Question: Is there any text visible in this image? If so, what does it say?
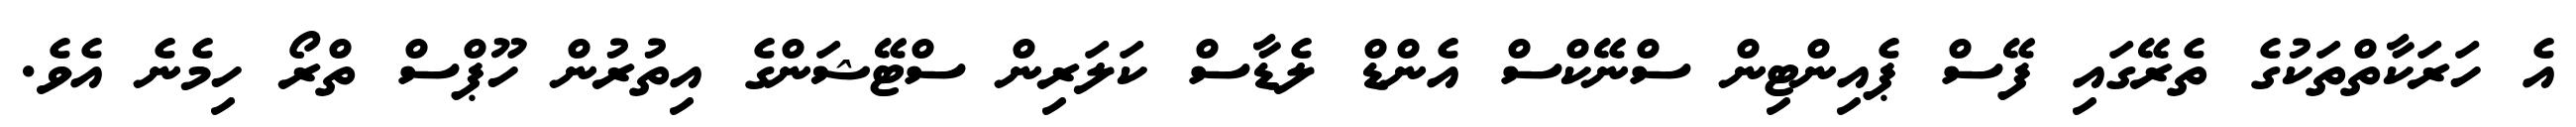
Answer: އެ ހަރަކާތްތަކުގެ ތެރޭގައި ފޭސް ޕެއިންޓިން ސްނޭކްސް އެންޑް ލެޑާސް ކަލަރިން ސްޓޭޝަންގެ އިތުރުން ހޫޕްސް ތްރޯ ހިމެނެ އެވެ.